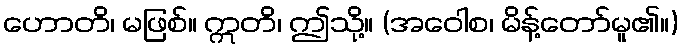
ဟောတိ၊ မဖြစ်။ ဣတိ၊ ဤသို့။ (အဝေါစ၊ မိန့်တော်မူ၏။)